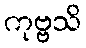
ကုဗ္ဗသိ